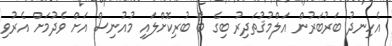
އެހިނދު ބަރުބަރުން އަލްމުޤުތަދިރު ބިގެ ބޯ ބުރިކޮށްލައި މުއުނިސް އަށް ވެދުމަށް އެރުވި